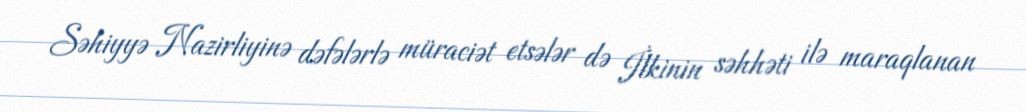
Səhiyyə Nazirliyinə dəfələrlə müraciət etsələr də İlkinin səhhəti ilə maraqlanan